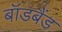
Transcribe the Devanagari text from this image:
बॉडबैंड